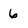
Character: 6